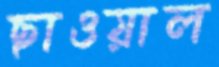
ছাওয়াল